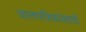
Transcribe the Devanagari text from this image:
जालपत्रिकांसाठी